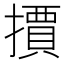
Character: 𭢤